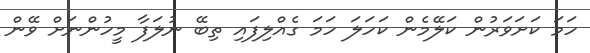
ހަމަ ކަށަވަރުން ކަލޭމެން ކަހަލަ ހަމަ ގެއްލިފައި ތިބޭ ނުލަފާ މީހުންނަށް ވޭން